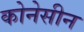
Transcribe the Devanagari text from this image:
कोनेसीन